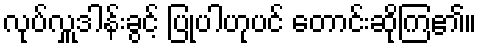
လုပ်လှူဒါန်းခွင့် ပြုပါဟုပင် တောင်းဆိုကြ၏။